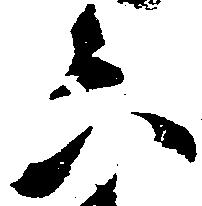
六